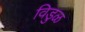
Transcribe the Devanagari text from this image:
विडुळ